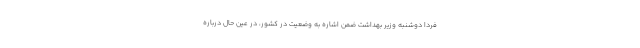
فردا دوشنبه وزیر بهداشت ضمن اشاره به وضعیت در کشور، در عین حال درباره